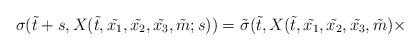
LaTeX: \begin{align*}\sigma(\tilde{t} + s, X (\tilde{t} , \tilde{x_1},\tilde{x_2}, \tilde{x_3}, \tilde{m}; s)) =\tilde{\sigma}(\tilde{t}, X (\tilde{t} , \tilde{x_1},\tilde{x_2}, \tilde{x_3}, \tilde{m}) \times\end{align*}